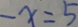
- x = 5